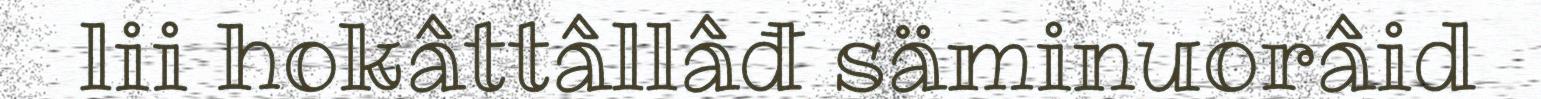
lii hokâttâllâđ säminuorâid